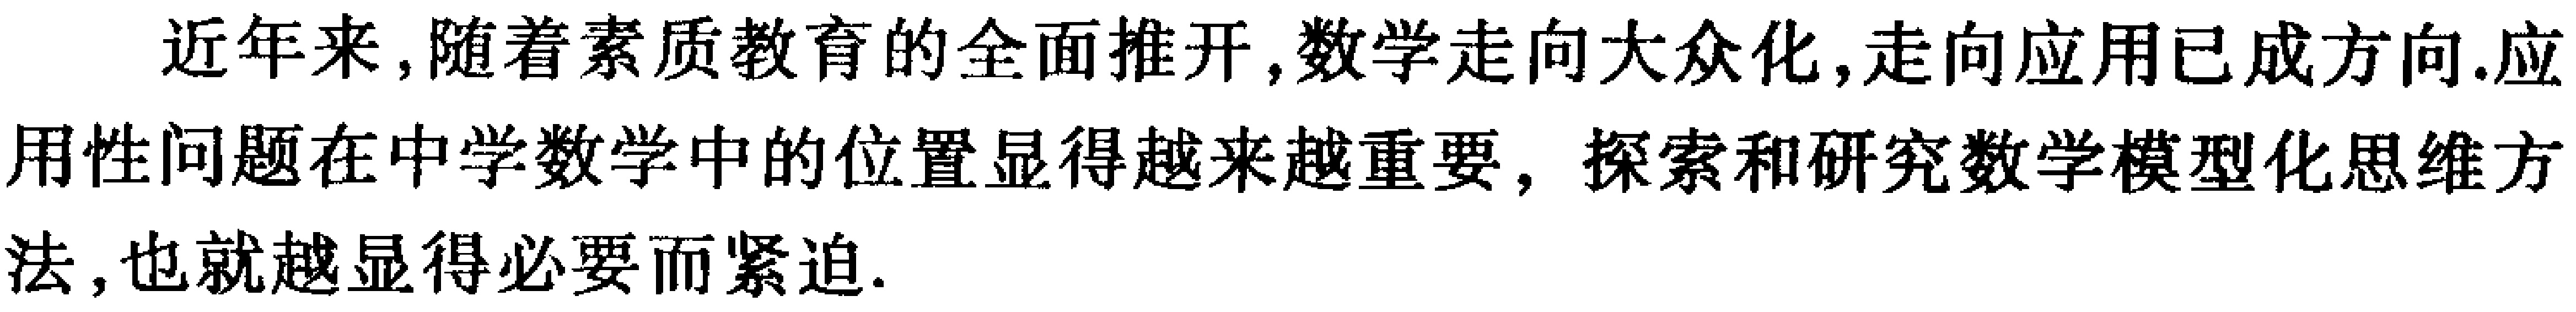
近年来，随着素质教育的全面推开，数学走向大众化，走向应用已成方向.应用性问题在中学数学中的位置显得越来越重要，探索和研究数学模型化思维方法，也就越显得必要而紧迫.